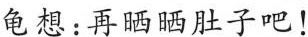
龟想：再晒晒肚子吧！